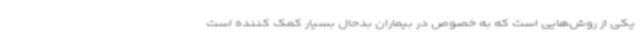
یکی از روش‌هایی است که به خصوص در بیماران بدحال بسیار کمک کننده است